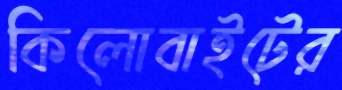
কিলোবাইটের